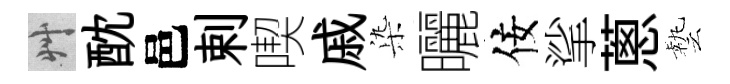
艸酖邑剌喫戚𣑱曬佞挲蔥藝